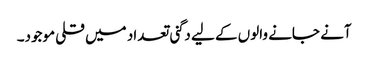
آنے جانے والوں کے لیے دگنی تعداد میں قلی موجود۔